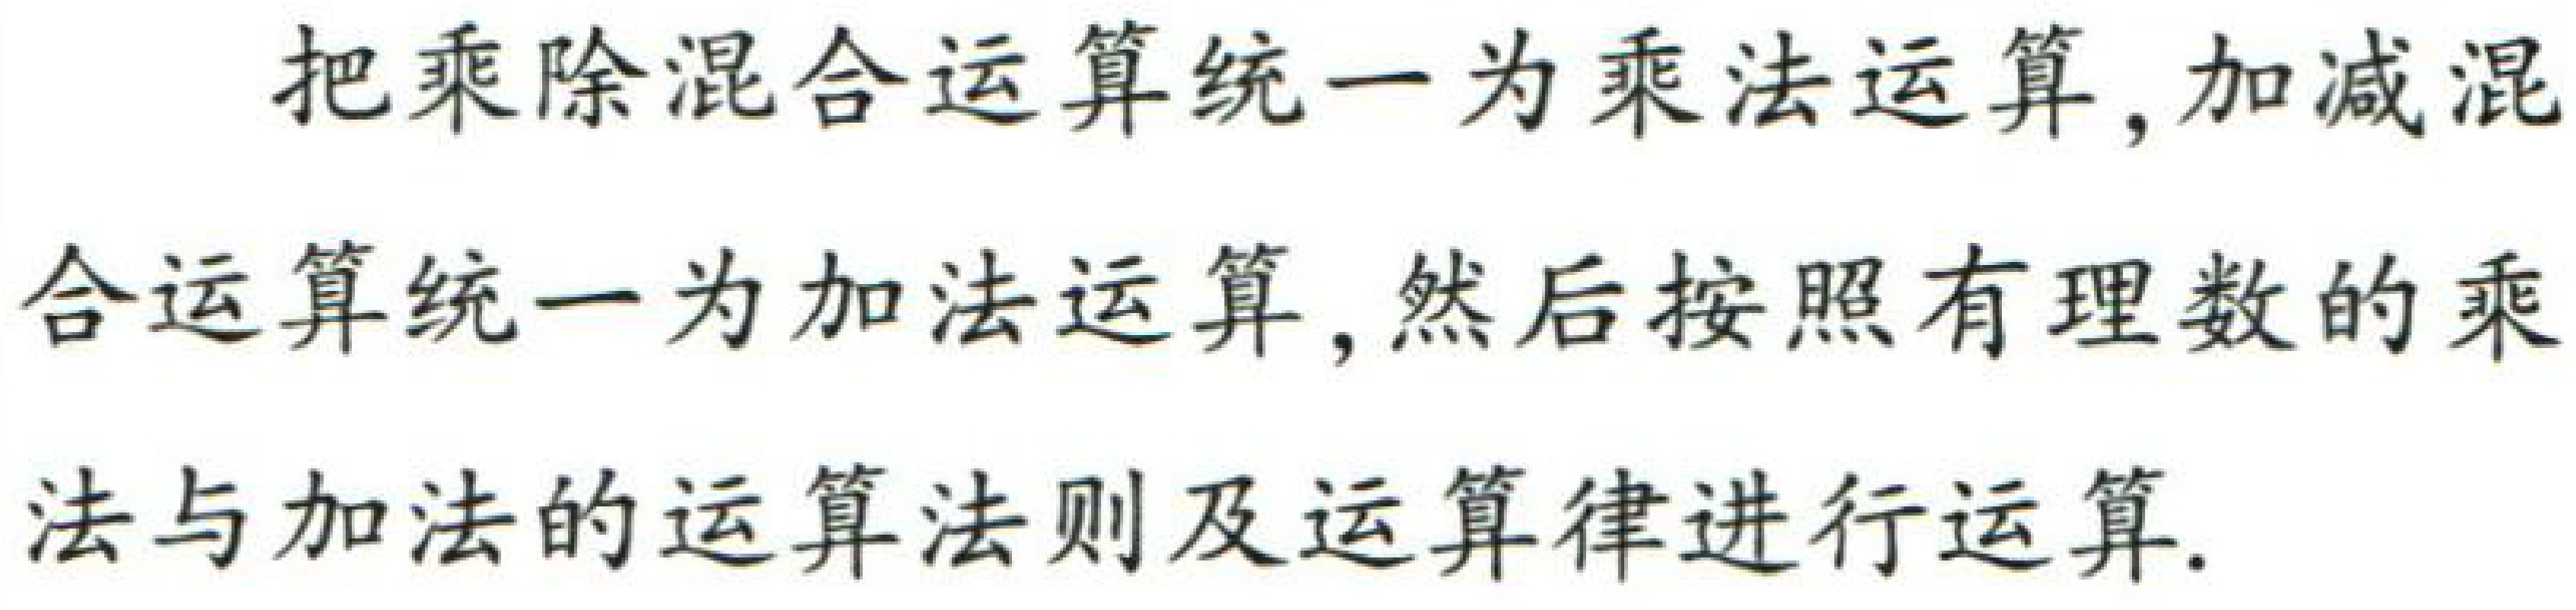
把乘除混合运算统一为乘法运算, 加减混合运算统一为加法运算, 然后按照有理数的乘法与加法的运算法则及运算律进行运算.